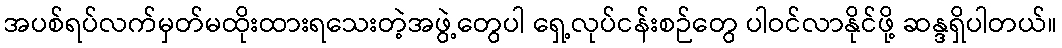
အပစ်ရပ်လက်မှတ်မထိုးထားရသေးတဲ့အဖွဲ့တွေပါ ရှေ့လုပ်ငန်းစဉ်တွေ ပါဝင်လာနိုင်ဖို့ ဆန္ဒရှိပါတယ်။